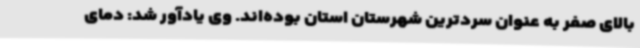
بالای صفر به عنوان سردترین شهرستان استان بوده‌اند. وی یادآور شد: دمای